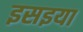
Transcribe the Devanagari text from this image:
इसइया